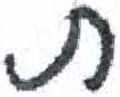
אות: ת